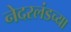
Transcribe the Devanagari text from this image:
नेदरलंडच्या